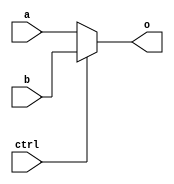
// mux2_1_32.v

module MUX2_1_32(
	input [31:0] a,
	input [31:0] b,
	input ctrl,
	output [31:0] o
	);

	assign o = ctrl ? b : a;

endmodule